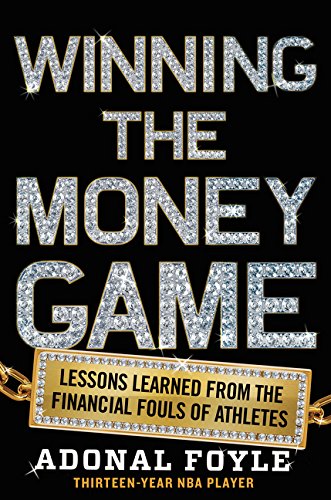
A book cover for Winning the Money Game: Lessons Learned from the Financial Fouls of Pro Athletes; Adonal Foyle; Sports & Outdoors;